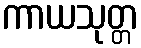
ကာယသုတ္တ